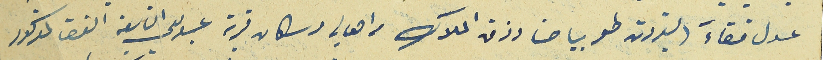
عدل قضاءَ البترون طوبيا حنا رزق الملاك من اهالي وسكان قرية عبدللى التابعة القضاء المذكور